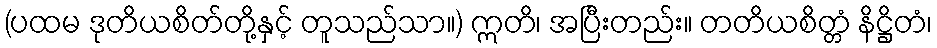
(ပထမ ဒုတိယစိတ်တို့နှင့် တူသည်သာ။) ဣတိ၊ အပြီးတည်း။ တတိယစိတ္တံ နိဋ္ဌိတံ၊